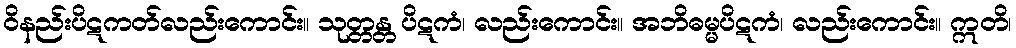
ဝိနည်းပိဋကတ်လည်းကောင်း။ သုတ္တန္တ ပိဋကံ၊ လည်းကောင်း။ အဘိဓမ္မပိဋကံ၊ လည်းကောင်း။ ဣတိ၊